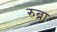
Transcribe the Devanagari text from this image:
रुब्रा